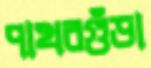
পাথরগুঁড়া